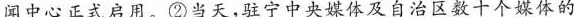
闻中心正式启用。②当天，驻宁中央媒体及自治区数十个媒体的